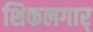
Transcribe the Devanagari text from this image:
शिकलगार्